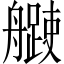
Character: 𦪨